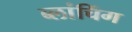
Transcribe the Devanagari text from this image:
ब्लांचिंग